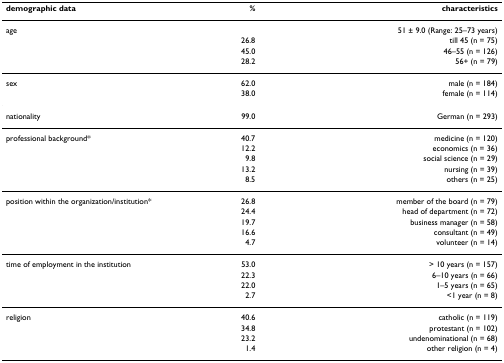
<table><thead><tr><td><b>demographic data</b></td><td><b>%</b></td><td><b>characteristics</b></td></tr></thead><tbody><tr><td>age</td><td></td><td>51 ± 9.0 (Range: 25–73 years)</td></tr><tr><td></td><td>26.8</td><td>till 45 (n = 75)</td></tr><tr><td></td><td>45.0</td><td>46–55 (n = 126)</td></tr><tr><td></td><td>28.2</td><td>56+ (n = 79)</td></tr><tr><td>sex</td><td>62.0</td><td>male (n = 184)</td></tr><tr><td></td><td>38.0</td><td>female (n = 114)</td></tr><tr><td>nationality</td><td>99.0</td><td>German (n = 293)</td></tr><tr><td>professional background*</td><td>40.7</td><td>medicine (n = 120)</td></tr><tr><td></td><td>12.2</td><td>economics (n = 36)</td></tr><tr><td></td><td>9.8</td><td>social science (n = 29)</td></tr><tr><td></td><td>13.2</td><td>nursing (n = 39)</td></tr><tr><td></td><td>8.5</td><td>others (n = 25)</td></tr><tr><td>position within the organization/institution*</td><td>26.8</td><td>member of the board (n = 79)</td></tr><tr><td></td><td>24.4</td><td>head of department (n = 72)</td></tr><tr><td></td><td>19.7</td><td>business manager (n = 58)</td></tr><tr><td></td><td>16.6</td><td>consultant (n = 49)</td></tr><tr><td></td><td>4.7</td><td>volunteer (n = 14)</td></tr><tr><td>time of employment in the institution</td><td>53.0</td><td>&gt; 10 years (n = 157)</td></tr><tr><td></td><td>22.3</td><td>6–10 years (n = 66)</td></tr><tr><td></td><td>22.0</td><td>1–5 years (n = 65)</td></tr><tr><td></td><td>2.7</td><td>&lt;1 year (n = 8)</td></tr><tr><td>religion</td><td>40.6</td><td>catholic (n = 119)</td></tr><tr><td></td><td>34.8</td><td>protestant (n = 102)</td></tr><tr><td></td><td>23.2</td><td>undenominational (n = 68)</td></tr><tr><td></td><td>1.4</td><td>other religion (n = 4)</td></tr></tbody></table>